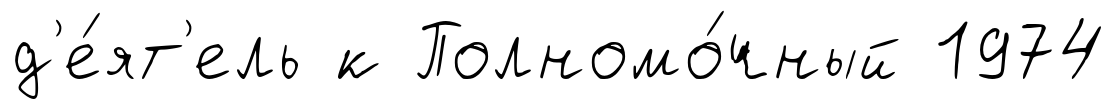
д'е́ят'ель к Полномо́чный 1974